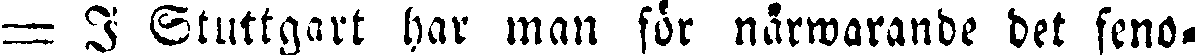
= I Stuttgart har man för närwarande det feno-